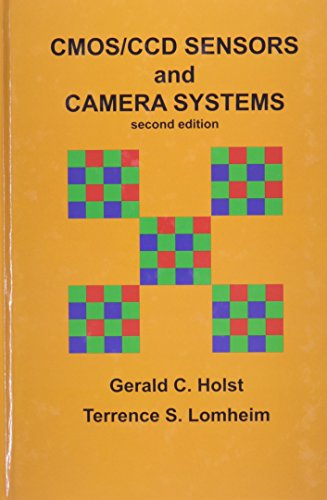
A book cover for CMOS/CCD Sensors and Camera Systems (PM208); Gerald C. Holst; Science & Math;